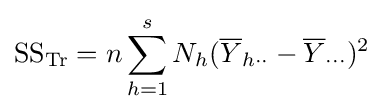
{\text{SS}}_{\text{Tr}}=n\sum _{h=1}^{s}N_{h}({\overline {Y}}_{h\cdot \cdot }-{\overline {Y}}_{\cdot \cdot \cdot })^{2}